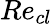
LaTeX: Re_{cl}